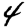
Digit: 4